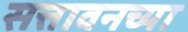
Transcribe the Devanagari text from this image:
सत्तावनच्या